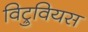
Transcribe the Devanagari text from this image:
विट्रुवियस